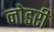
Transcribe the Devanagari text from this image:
नोडरी